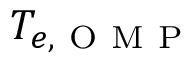
T _ { e , \mathrm { ~ O ~ M ~ P ~ } }